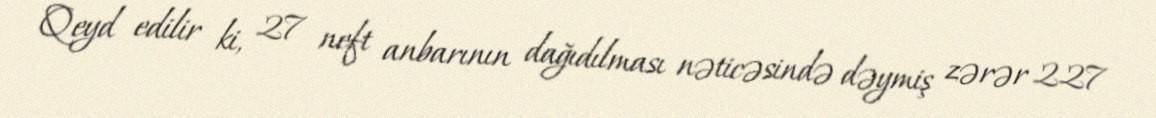
Qeyd edilir ki, 27 neft anbarının dağıdılması nəticəsində dəymiş zərər 227